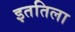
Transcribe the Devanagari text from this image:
इततिला